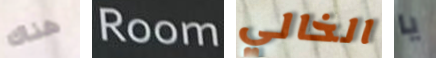
هناك Room الخالي يا